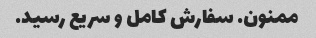
ممنون. سفارش کامل و سریع رسید.